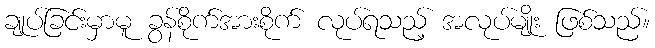
ချုပ်ခြင်းမှာမူ ခွန်စိုက်အားစိုက် လုပ်ရသည့် အလုပ်မျိုး ဖြစ်သည်။